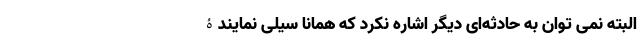
البته نمی توان به حادثه‌ای دیگر اشاره نکرد که همانا سیلی نمایندۀ